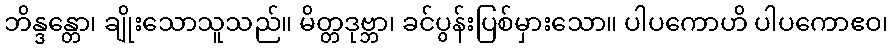
ဘိန္ဒန္တော၊ ချိုးသောသူသည်။ မိတ္တဒုဗ္ဘာ၊ ခင်ပွန်းပြစ်မှားသော။ ပါပကောဟိ ပါပကောဧဝ၊